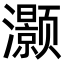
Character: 灏